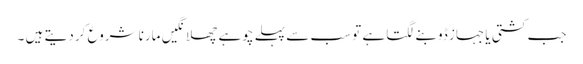
جب کشتی یا جہاز ڈوبنے لگتا ہے تو سب سے پہلے چوہے چھلانگیں مارنا شروع کر دیتے ہیں ۔